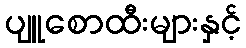
ပျူစောထီးများနှင့်